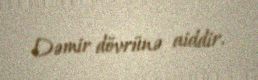
Dəmir dövrünə aiddir.